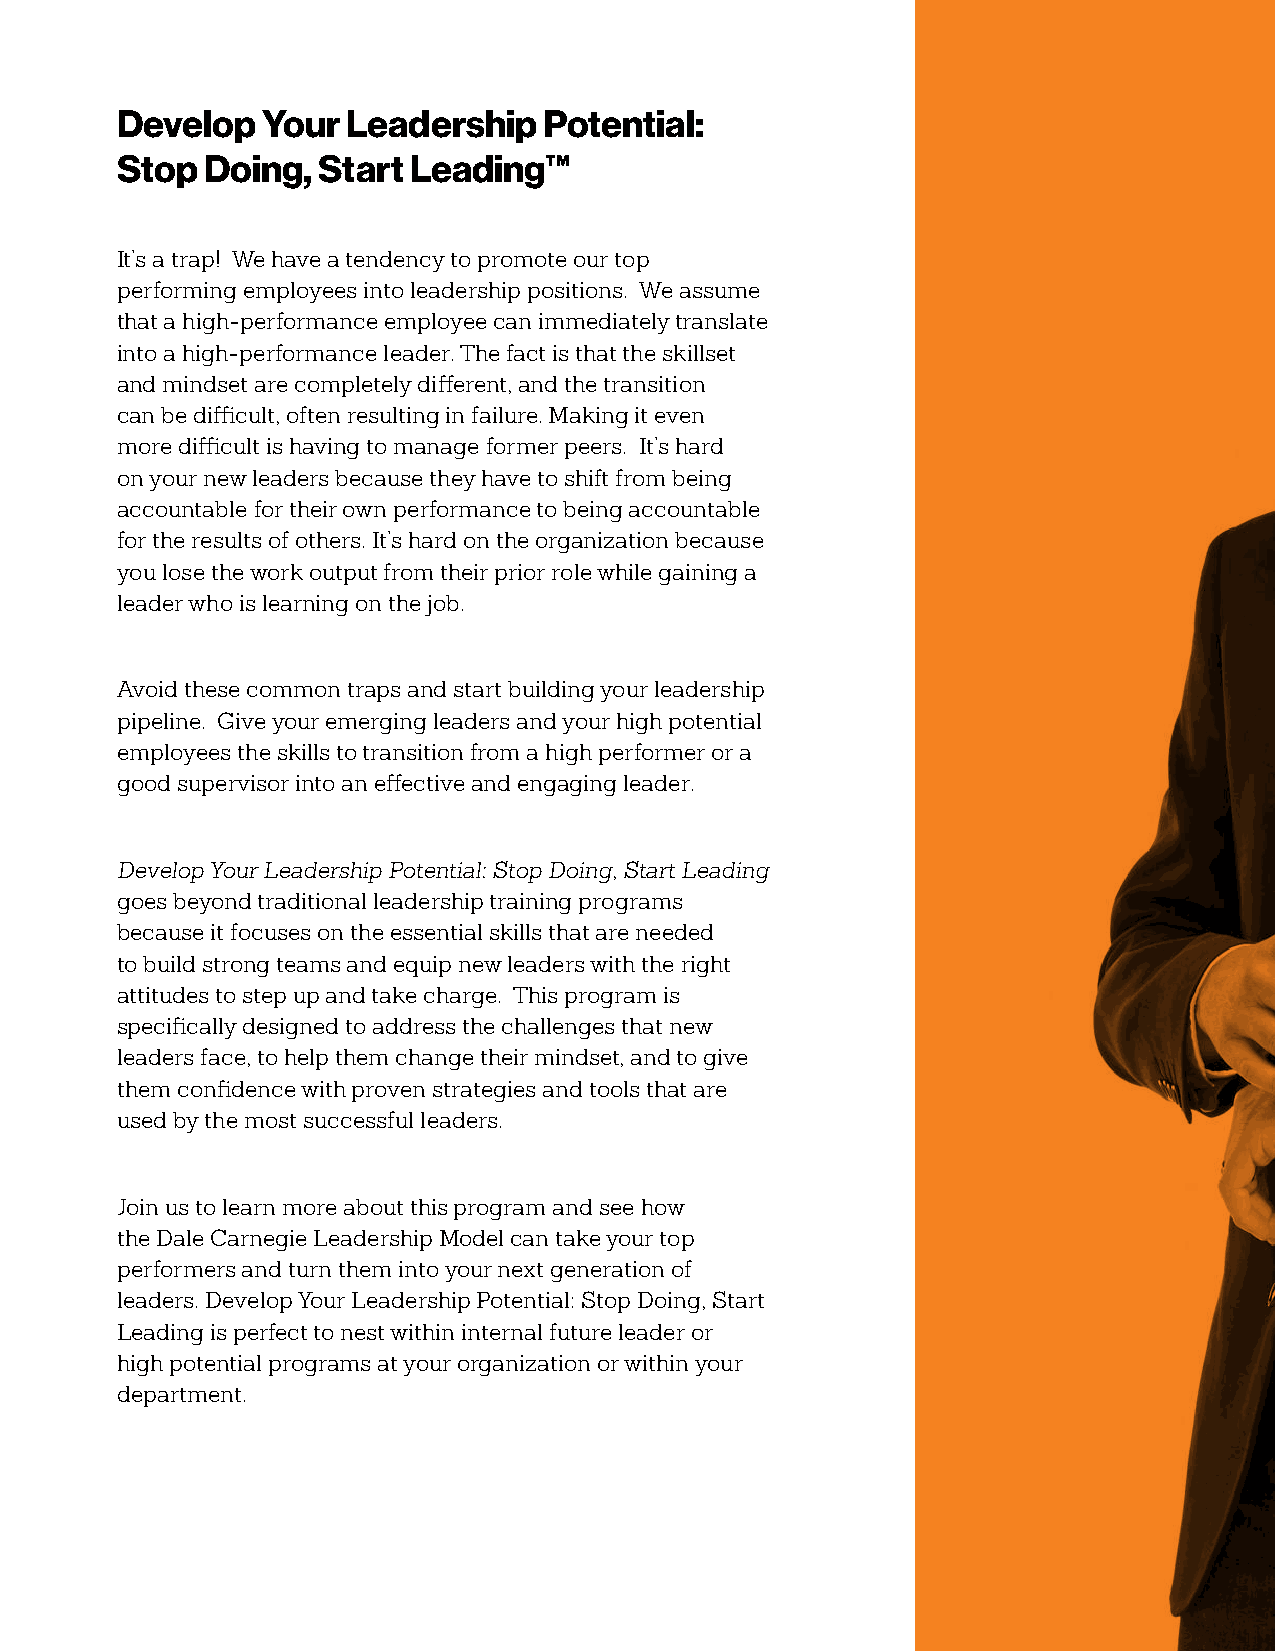
Develop  Your  Leadership   Potential:
 Stop Doing,  Start Leading™
 It’s a trap! We have a tendency to promote our top
 performing employees into leadership positions. We assume
 that a high-performance employee can immediately translate
 into a high-performance leader. The fact is that the skillset
 and mindset are completely different, and the transition
 can be difficult, often resulting in failure. Making it even
 more difficult is having to manage former peers. It’s hard
 on your new leaders because they have to shift from being
 accountable for their own performance to being accountable
 for the results of others. It’s hard on the organization because
 you lose the work output from their prior role while gaining a
 leader who is learning on the job.
 Avoid these common traps and start building your leadership
 pipeline. Give your emerging leaders and your high potential
 employees the skills to transition from a high performer or a
 good supervisor into an effective and engaging leader.
 Develop Your Leadership Potential: Stop Doing, Start Leading
 goes beyond traditional leadership training programs
 because it focuses on the essential skills that are needed
 to build strong teams and equip new leaders with the right
 attitudes to step up and take charge. This program is
 specifically designed to address the challenges that new
 leaders face, to help them change their mindset, and to give
 them confidence with proven strategies and tools that are
 used by the most successful leaders.
 Join us to learn more about this program and see how
 the Dale Carnegie Leadership Model can take your top
 performers and turn them into your next generation of
 leaders. Develop Your Leadership Potential: Stop Doing, Start
 Leading is perfect to nest within internal future leader or
 high potential programs at your organization or within your
 department.